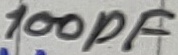
Text: 100pF